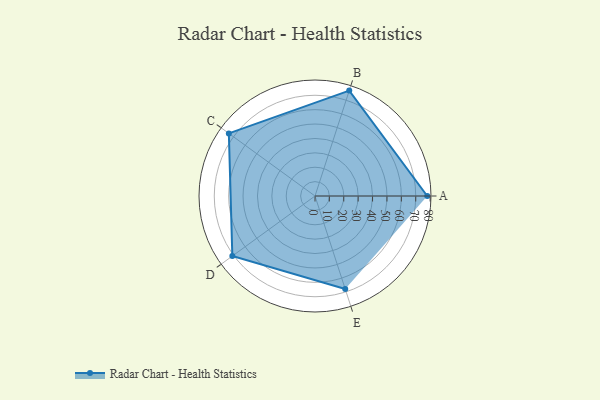
{"axis": {"x": "Skill", "y": "Score"}, "legend": ["Profile"], "data": [{"x": "A", "y": 78.0, "type": "Profile"}, {"x": "B", "y": 77.0, "type": "Profile"}, {"x": "C", "y": 74.0, "type": "Profile"}, {"x": "D", "y": 71.0, "type": "Profile"}, {"x": "E", "y": 68.0, "type": "Profile"}]}